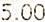
5.00